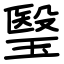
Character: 瑿